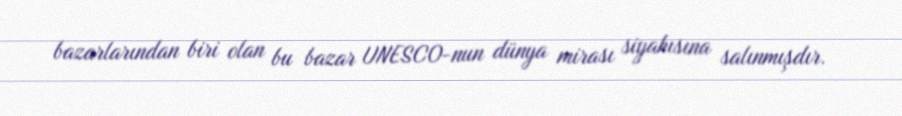
bazarlarından biri olan bu bazar UNESCO-nun dünya mirası siyahısına salınmışdır.